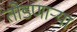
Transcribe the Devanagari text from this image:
तोडणाऱ्या